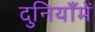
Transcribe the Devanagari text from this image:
दुनियाँमें